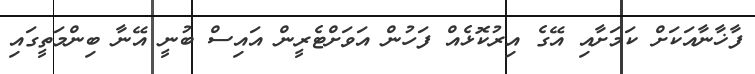
ފާޚާނާއަކަށް ކަމަށާއި އޭގެ އިރުކޮޅެއް ފަހުން އަވަށްޓެރީން އައިސް ބުނީ އޭނާ ބިންމަތީގައި